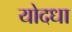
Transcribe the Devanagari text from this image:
योदधा